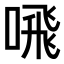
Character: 𫫁